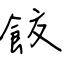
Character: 餃